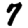
Digit: 7